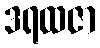
ဒရထဇာ